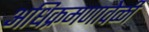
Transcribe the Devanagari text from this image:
अधिक्रमणावेळी